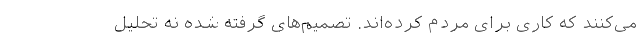
می‌کنند که کاری برای مردم کرد‌ه‌اند. تصمیم‌های گرفته شده نه تحلیل